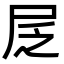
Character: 㞏